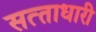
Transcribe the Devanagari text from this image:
सत्‍ताधारी